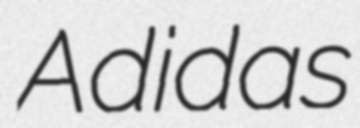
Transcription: Adidas